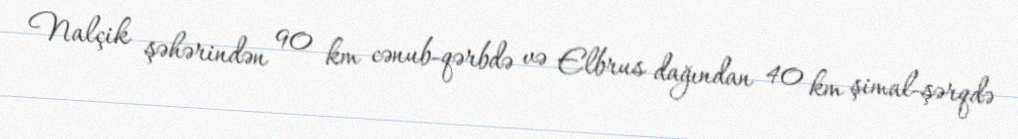
Nalçik şəhərindən 90 km cənub-qərbdə və Elbrus dağından 40 km şimal-şərqdə